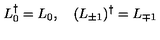
L _ { 0 } ^ { \dag } = L _ { 0 } , \quad ( L _ { \pm 1 } ) ^ { \dag } = L _ { \mp 1 }